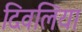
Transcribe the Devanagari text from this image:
दिवलिया